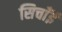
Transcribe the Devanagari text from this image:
सिचाँई